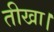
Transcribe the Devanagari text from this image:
तीखा।